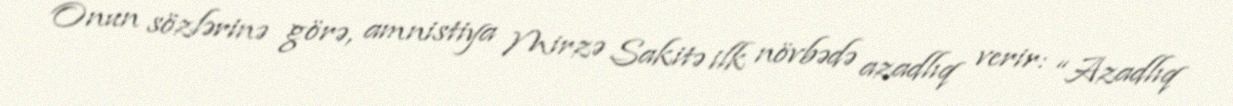
Onun sözlərinə görə, amnistiya Mirzə Sakitə ilk növbədə azadlıq verir: “Azadlıq